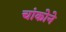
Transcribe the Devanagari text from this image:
चांकोने